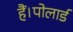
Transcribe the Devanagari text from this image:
हैं।पोलार्ड